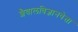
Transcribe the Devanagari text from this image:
शैवालविज्ञानवेत्ता